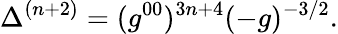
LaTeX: \Delta^{(n+2)}=(g^{00})^{3n+4}(-g)^{-3/2}.